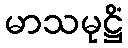
မာသမုဋ္ဌိံ